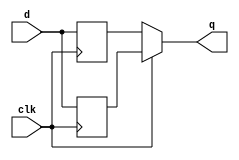
module top_module (
    input clk,
    input d,
    output q
);

    wire out1, out2;
    always @ (posedge clk)
        out1 <= d;
    always @ (negedge clk)
        out2 <= d;
    
    always @ (*)
        q = clk?out1:out2;
endmodule